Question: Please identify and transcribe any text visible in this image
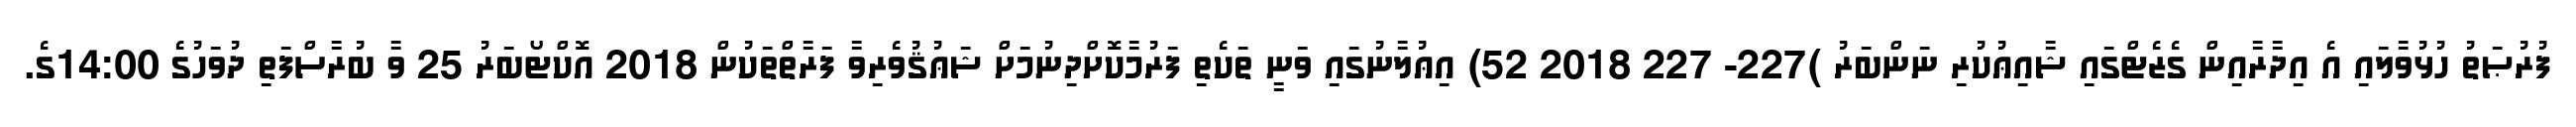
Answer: ފުރުޞަތު ހުޅުވާލައި އެ އިދާރާއިން ގެޒެޓްގައި ޝާއިޢުކުރި ނަންބަރު )227- 227 2018 52) އިޢުލާނުގައި ވަނީ ތަކެތި ފަރުމާކޮށްދިނުމަށް ޝަޢުޤުވެރިވާ ފަރާތްތަކުން 2018 އޮކްޓޯބަރު 25 ވާ ބުރާސްފަތި ދުވަހުގެ 14:00ގެ.